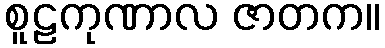
စူဠကုဏာလ ဇာတက။